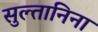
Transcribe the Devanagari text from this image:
सुल्तानिना